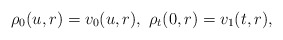
\begin{align*}\rho_0(u,r)=v_0(u,r), \ \rho_t(0,r)=v_1(t,r),\end{align*}